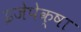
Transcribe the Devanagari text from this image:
इजेपेक्षा